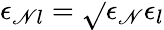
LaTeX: \epsilon_{\mathscr{N}l}=\sqrt{}{{\epsilon_{\mathscr{N}}\epsilon_{l}}}